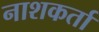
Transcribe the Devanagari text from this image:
नाशकर्ता